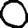
Digit: 0